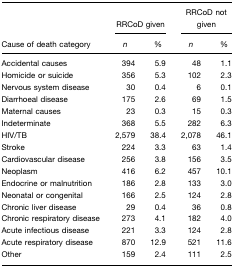
|  | <COLSPAN=2> RRCoD given | <COLSPAN=2> RRCoD not given |
 | Cause of death category | n | % | n | % |
 | --- | --- | --- | --- | --- |
 | Accidental causes | 394 | 5.9 | 48 | 1.1 |
 | Homicide or suicide | 356 | 5.3 | 102 | 2.3 |
 | Nervous system disease | 30 | 0.4 | 6 | 0.1 |
 | Diarrhoeal disease | 175 | 2.6 | 69 | 1.5 |
 | Maternal causes | 23 | 0.3 | 15 | 0.3 |
 | Indeterminate | 368 | 5.5 | 282 | 6.3 |
 | HIV/TB | 2,579 | 38.4 | 2,078 | 46.1 |
 | Stroke | 224 | 3.3 | 63 | 1.4 |
 | Cardiovascular disease | 256 | 3.8 | 156 | 3.5 |
 | Neoplasm | 416 | 6.2 | 457 | 10.1 |
 | Endocrine or malnutrition | 186 | 2.8 | 133 | 3.0 |
 | Neonatal or congenital | 166 | 2.5 | 124 | 2.8 |
 | Chronic liver disease | 29 | 0.4 | 36 | 0.8 |
 | Chronic respiratory disease | 273 | 4.1 | 182 | 4.0 |
 | Acute infectious disease | 221 | 3.3 | 124 | 2.8 |
 | Acute respiratory disease | 870 | 12.9 | 521 | 11.6 |
 | Other | 159 | 2.4 | 111 | 2.5 |